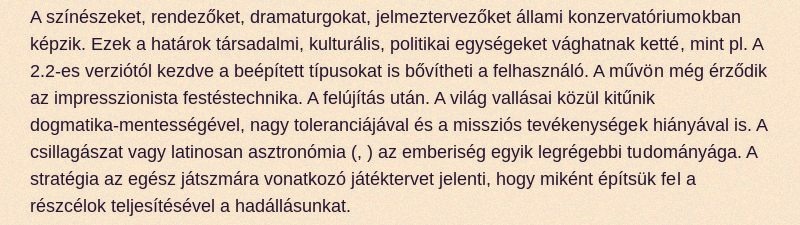
A színészeket, rendezőket, dramaturgokat, jelmeztervezőket állami konzervatóriumokban képzik. Ezek a határok társadalmi, kulturális, politikai egységeket vághatnak ketté, mint pl. A 2.2-es verziótól kezdve a beépített típusokat is bővítheti a felhasználó. A művön még érződik az impresszionista festéstechnika. A felújítás után. A világ vallásai közül kitűnik dogmatika-mentességével, nagy toleranciájával és a missziós tevékenységek hiányával is. A csillagászat vagy latinosan asztronómia (, ) az emberiség egyik legrégebbi tudományága. A stratégia az egész játszmára vonatkozó játéktervet jelenti, hogy miként építsük fel a részcélok teljesítésével a hadállásunkat.